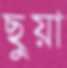
ছুয়া